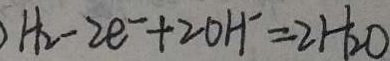
H _ { 2 } - 2 e ^ { - } + 2 0 H ^ { - } = 2 H _ { 2 } O